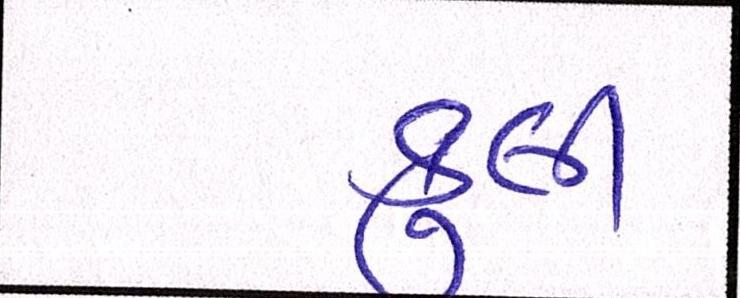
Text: કુલી